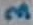
Text: 3